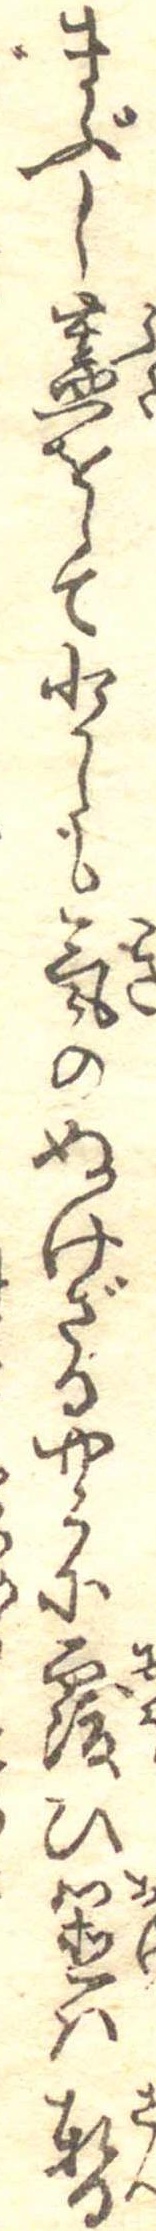
まぶし蓋をして少しも気のぬけざるやうに覆ひ置は暫